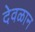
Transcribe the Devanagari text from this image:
देवळान